Tartu_Muinsuskaitse_Uhendus, lk 3
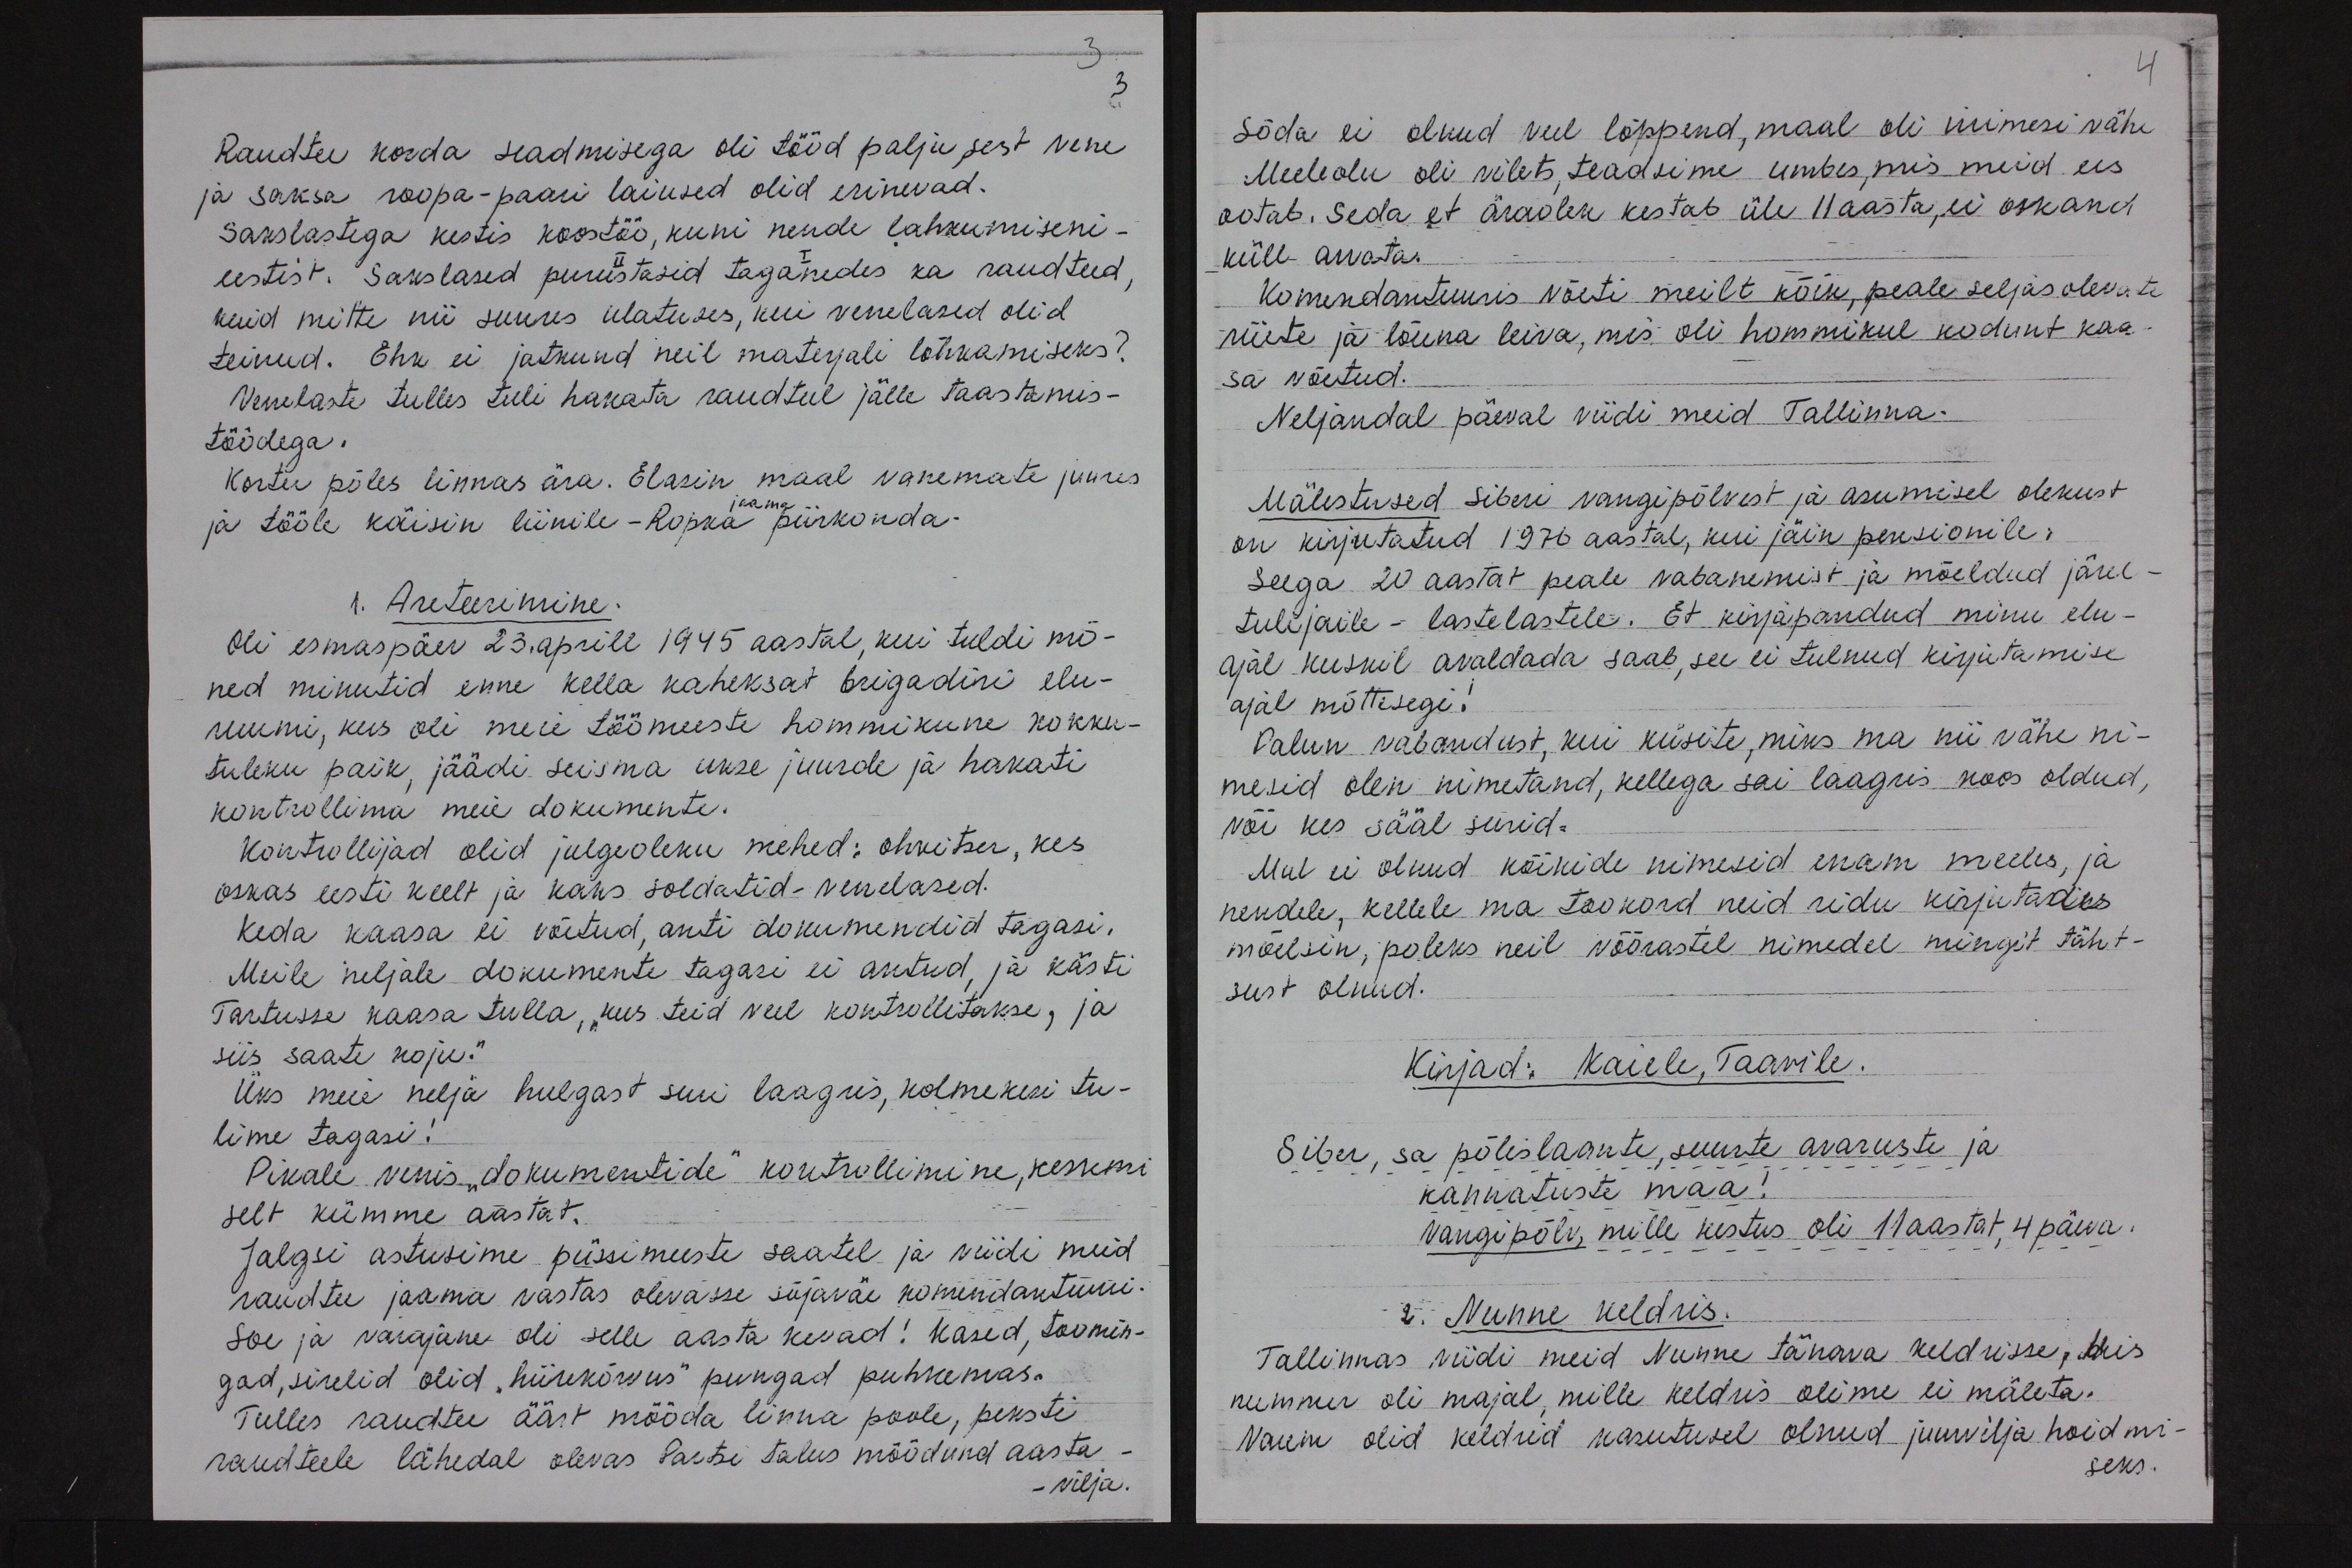
3
Raudtee korda seadmisega oli tööd palju, sest vene
ja saksa roopa-paari laiused olid erinevad.
Sakslastega kestis koostöö, kuni nende lahkumiseni-
eestist. Sakslased purustasid taganedes ka raudteed
kuid mitte nii suures ulatuses, kui venelased olid
teinud. Ehk ei jatkund neil materjali lõhkamiseks?
Venelaste tulles tuli hakata raudteel jälle taastamis-
töödega.
Korter põles linnas ära. Elasin maal vanemate juures
ja tööle käisin liinile - Ropka piirkonda.
1. Areteerimine.
Oli esmaspäev 23. aprill 1945 aastal, kui tuldi mõ-
ned minutid enne kella kaheksat brigadiri elu-
ruumi, kus oli meie töömeeste hommikune kokku-
tuleku paik, jäädi seisma ukse juurde ja hakati
kontrollima meie dokumente.
Kontrollijad olid julgeoleku mehed: ohvitser, kes
oskas eesti keelt ja kaks soldatid-venelased.
Keda kaasa ei võetud, anti dokumendid tagasi.
Meile neljale dokumente tagasi ei antud, ja kästi
Tartusse kaasa tulla, "kus teid veel kontrollitakse, ja
siis saate koju.“
Üks meie nelja hulgast suri laagris, kolmekesi tu-
lime tagasi!
Pikale venis "dokumentide" kontrollimine, keskmi
selt kümme aastat.
Jalgsi astusime püssimeeste saatel ja viidi meid
raudtee jaama vastas olevasse sõjaväe komendantuuri.
Soe ja varajane oli selle aasta kevad! Kased, toomin-
gad, sirelid olid "hiirekõrvus" pungad puhkemas.
Tulles raudtee ääst mööda linna poole, peksti
raudteele lähedal olevas Partsi talus möödund aasta.
vilja.

4
Sõda ei olnud veel lõppend, maal oli inimesi vähe
Meeleolu oli vilets, teadsime umbes, mis meid ees
ootab. Seda et äraolek kestab üle 11 aasta, ei oskand
küll arvata.
komendantuuris võeti meilt kõik, peale seljas olevate
riiete ja lõuna leiva, mis oli hommikul kodunt kaa-
sa võetud.
Neljandal päeval viidi meid Tallinna.
Mälestused Siberi vangipõlvest ja asumisel olekust
on kirjutatud 1976 aastal, kui jäin pensionile.
Seega 20 aastat peale vabanemist ja mõeldud järel-
tulijaile - lastelastele. Et kirjapandud minu elu-
ajal kuskil avaldada saab, see ei tulnud kirjutamise
ajal mõttesegi.
Palun vabandust, kui küsite, miks ma nii vähe ni-
mesid olen nimetand, kellega sai laagris koos oldud,
või kes sääl surid.
Mul ei olnud kõikide nimesid enam meeles, ja
nendele, kellele ma tookord neid ridu kirjutades
mõelsin, poleks neil võõrastel nimedel mingit täht-
sust olnud.
Kirjad: Kaiele, Taavile.
Siber, sa põlislaante, suurte avaruste ja
kannatuste maa!
Vangipõlv, mille kestus oli 11 aastat, 4 päeva.
2. Nunne keldris.
Tallinnas viidi meid Nunne tänava keldrisse, Mis
nummer oli majal, mille keldris olime ei mäleta.
Varem olid keldrid kasutusel olnud juurvilja hoidmi-
seks.